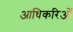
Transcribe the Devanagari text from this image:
आधिकरिओं